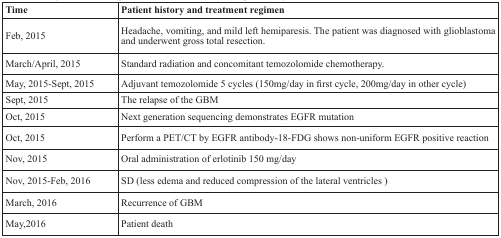
<table><thead><tr><td><b>Time</b></td><td><b>Patient history and treatment regimen</b></td></tr></thead><tbody><tr><td>Feb, 2015</td><td>Headache, vomiting, and mild left hemiparesis. The patient was diagnosed with glioblastoma and underwent gross total resection.</td></tr><tr><td>March/April, 2015</td><td>Standard radiation and concomitant temozolomide chemotherapy.</td></tr><tr><td>May, 2015-Sept, 2015</td><td>Adjuvant temozolomide 5 cycles (150mg/day in first cycle, 200mg/day in other cycle)</td></tr><tr><td>Sept, 2015</td><td>The relapse of the GBM</td></tr><tr><td>Oct, 2015</td><td>Next generation sequencing demonstrates EGFR mutation</td></tr><tr><td>Oct, 2015</td><td>Perform a PET/CT by EGFR antibody-18-FDG shows non-uniform EGFR positive reaction</td></tr><tr><td>Nov, 2015</td><td>Oral administration of erlotinib 150 mg/day</td></tr><tr><td>Nov, 2015-Feb, 2016</td><td>SD (less edema and reduced compression of the lateral ventricles)</td></tr><tr><td>March, 2016</td><td>Recurrence of GBM</td></tr><tr><td>May,2016</td><td>Patient death</td></tr></tbody></table>